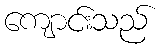
ကျောင်းသည်